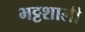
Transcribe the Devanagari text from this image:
भट्टशाली